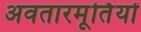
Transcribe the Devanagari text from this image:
अवतारमूर्तियों